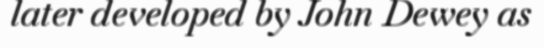
later developed by John Dewey as